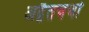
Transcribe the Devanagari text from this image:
अद्वैतचर्चा